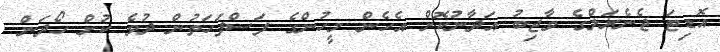
އޮޑިޓަ ޖެނެރަލްގެ ވާޖިބު އަދާނުކޮށް އެހެން މީހުންގެ ފަސްފަހަތުން ދުވެ ކުށް ހޯދަން